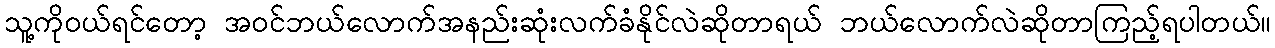
သူ့ကိုဝယ်ရင်တော့ အဝင်ဘယ်လောက်အနည်းဆုံးလက်ခံနိုင်လဲဆိုတာရယ် ဘယ်လောက်လဲဆိုတာကြည့်ရပါတယ်။